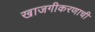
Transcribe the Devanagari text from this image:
खाजगीकरणाची